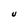
Character: U